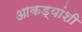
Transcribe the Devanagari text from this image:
आकड्यांशी